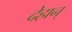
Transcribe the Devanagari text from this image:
देहान्